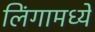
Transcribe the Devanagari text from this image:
लिंगामध्ये